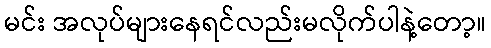
မင်း အလုပ်များနေရင်လည်းမလိုက်ပါနဲ့တော့။